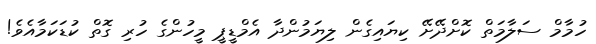
ހުމާމް ސަލާމަތް ކޮށްދޭށޭ ކިޔައިގެން ލިޔަމުންދާ އެމްޑީޕީ މީހުންގެ ހުރި ގޮތް ކުޑަކަމާއެވެ!